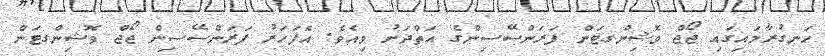
ހަނގުރާމައިގައި ޖޯޖް ވޮޝިންގޓަން ފަރަންސޭސިންގެ އަތްދަށު ވިއެވެ. އެފަހަރު ފަރަންސޭސިން ޖޯޖް ވޮޝިންގޓަން